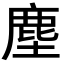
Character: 塵